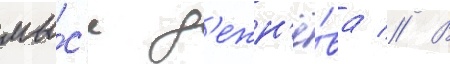
мы́с'е д'ежн'ё́ва // В